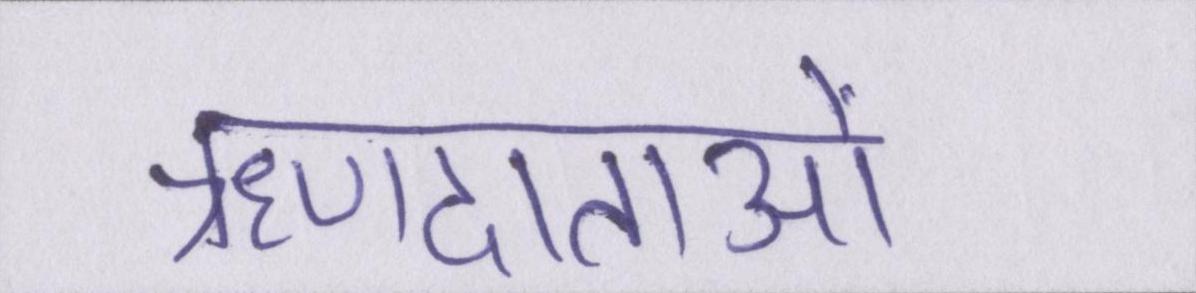
ऋणदाताओं